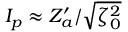
I _ { p } \approx Z _ { a } ^ { \prime } / \sqrt { \zeta _ { 0 } ^ { 2 } }